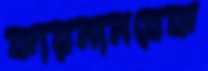
কারমানবেক